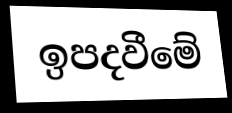
ඉපදවීමේ